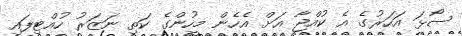
ސޯޅަ އަހަރުގެ އެ ކުއްޖާ އަށް އެހެން މީހުންގެ ކަތި ނަޒަރު ހުއްޓިފައި